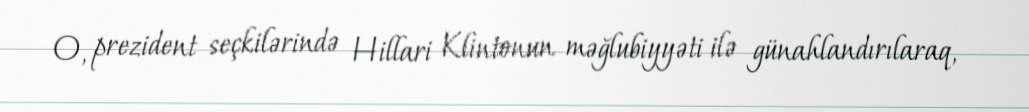
O, prezident seçkilərində Hillari Klintonun məğlubiyyəti ilə günahlandırılaraq,